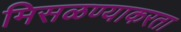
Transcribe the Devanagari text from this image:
मिसळण्याकरता